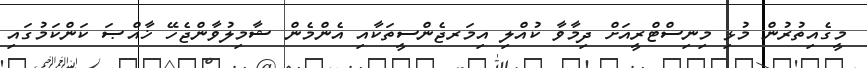
މީގެއިތުރުން މުޅި މިނިސްޓްރީއަށް ދިމާވާ ކުއްލި އިމަރޖެންސީތަކާއި އެންމެން ޝާމިލުވާންޖެހޭ ޚާއްޞަ ކަންކަމުގައި